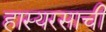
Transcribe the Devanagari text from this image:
हास्यरसाची